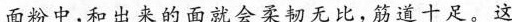
面粉中，和出来的面就会柔韧无比，筋道十足。这